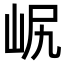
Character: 𡶋